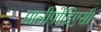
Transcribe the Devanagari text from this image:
पालीपोडिएसी